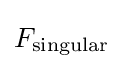
F_{\rm {singular}}